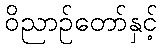
ဝိညာဉ်တော်နှင့်